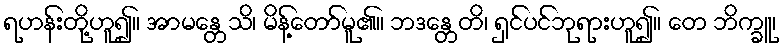
ရဟန်းတို့ဟူ၍။ အာမန္တေသိ၊ မိန့်တော်မူ၏။ ဘဒန္တေတိ၊ ရှင်ပင်ဘုရားဟူ၍။ တေ ဘိက္ခူ၊